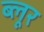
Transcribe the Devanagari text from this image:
ब्लूर